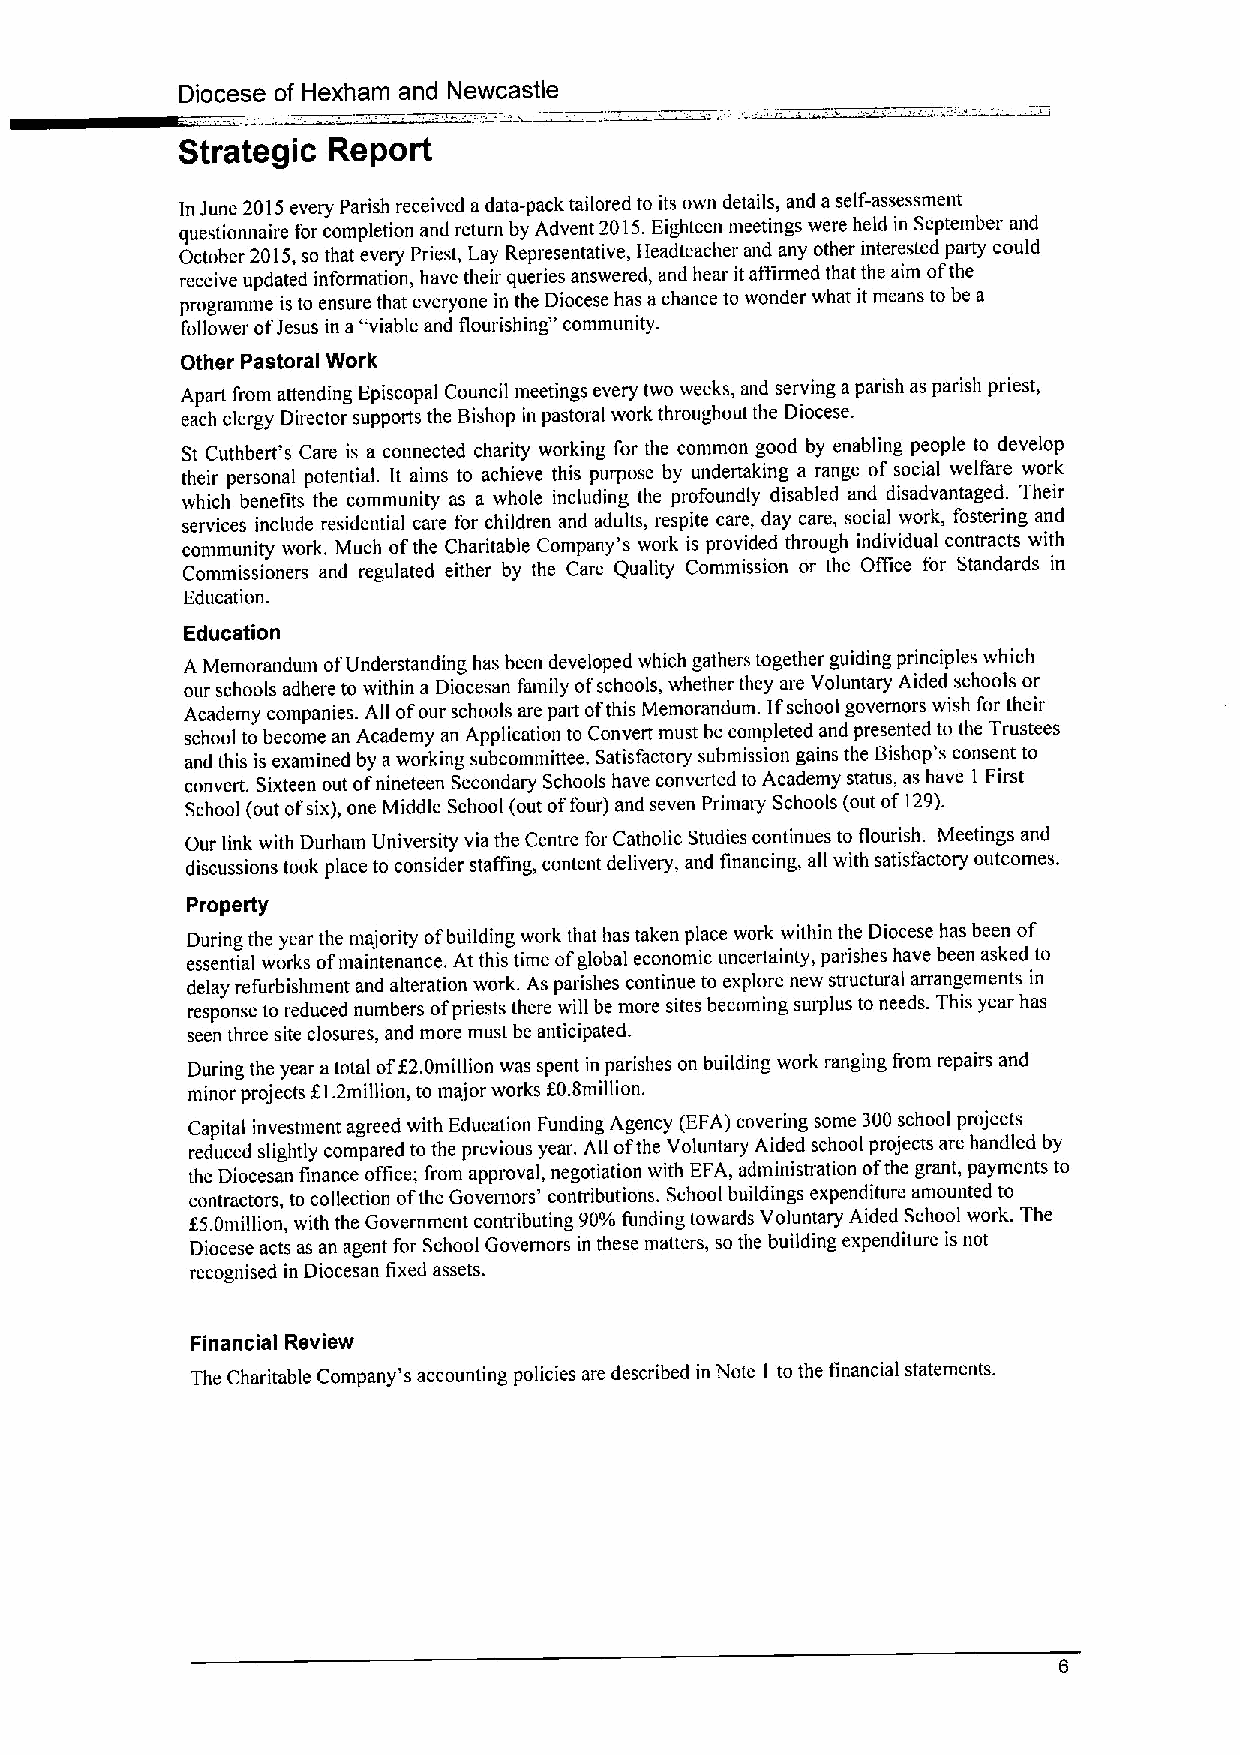
Diocese of Hexham and Newcastle
 Strategic Report
 In June 2015every Parish received adata-pack tailored to its own details, and a self-assessment
 questionnaire for completion and return by Advent 2015.Eighteen meetings were held in September and
 October 2015,so that every Priest, Lay Representative, Headteacher and any other interested party could
 receive updated information, have their queries answered, and hear itaffirmed that the aim ofthe
 programme is to ensure that everyone in the Diocese has achance to wonder what it means to be a
 follower ofJesus in a"viable and flourishing" community.
 Other Pastoral Work
 Apart from attending Episcopal Council meetings every two weeks, and serving aparish as parish priest,
 each clergy Director supports the Bishop in pastoral work throughout the Diocese.
 St Cuthbert's Care is a connected charity working for the common good by enabling people to develop
 their personal potential. It aims to achieve this purpose by undertaking a range of social welfare work
 which benefits the community as a whole including the profoundly disabled and disadvantaged. Their
 services include residential care for children and adults, respite care, day care, social work, fostering and
 community work. Much ofthe Charitable Company's work is provided through individual contracts with
 Commissioners and regulated either by the Care Quality Commission or the Office for Standards in
 Education.
 Education
 A Memorandum ofUnderstanding has been developed which gathers together guiding principles which
 our schools adhere to within a Diocesan family ofschools, whether they are Voluntary Aided schools or
 Academy companies. All ofour schools are part ofthis Memorandum. Ifschool governors wish for their
 school to become an Academy an Application to Convert must be completed and presented to the Trustees
 and this is examined by aworking subcommittee. Satisfactory submission gains the Bishop's consent to
 convert. Sixteen out ofnineteen Secondary Schools have converted to Academy status, as have I First
 School (out ofsix), one Middle School (out offour) and seven Primary Schools (out of129).
 Our link with Durham University via the Centre for Catholic Studies continues to flourish. Meetings and
 discussions took place to consider staffing, content delivery, and financing, all with satisfactory outcomes.
 Property
 During the year the majority ofbuilding work that has taken place work within the Diocese has been of
 essential works ofmaintenance. At this time ofglobal economic uncertainty, parishes have been asked to
 delay refurbishment and alteration work. As parishes continue to explore new structural arrangements in
 response to reduced numbers ofpriests there will be more sites becoming surplus to needs. This year has
 seen three site closures, and more must be anticipated.
 During the year atotal off2.0million was spent in parishes on building work ranging from repairs and
 minor projects g1.2million, to major works f0.8million.
 Capital investment agreed with Education Funding Agency (EFA) covering some 300school projects
 reduced slightly compared to the previous year. All ofthe Voluntary Aided school projects are handled by
 the Diocesan finance office; from approval, negotiation with EFA, administration ofthe grant, payments to
 contractors, to collection ofthe Governors' contributions. School buildings expenditure amounted to
 f5.0million, with the Government contributing 90%funding towards Voluntary Aided School work. The
 Diocese acts as an agent for School Governors in these matters, so the building expenditure is not
 recognised in Diocesan fixed assets.
 Financial Review
 The Charitable Company's accounting policies are described in Note I to the financial statements.